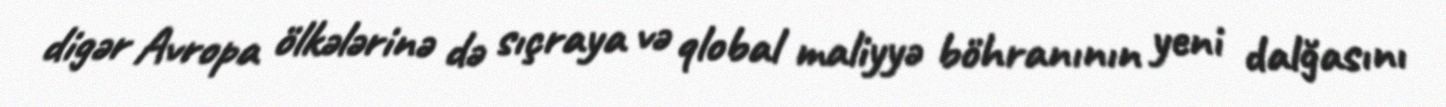
digər Avropa ölkələrinə də sıçraya və qlobal maliyyə böhranının yeni dalğasını